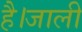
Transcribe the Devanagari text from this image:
है।जाली